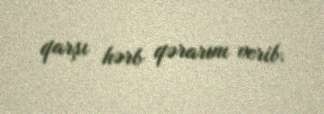
qarşı hərb qərarını verib.